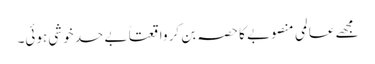
مجھے عالمی منصوبے کا حصہ بن کر واقعتاً بے حد خوشی ہوئی۔